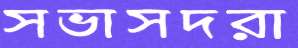
সভাসদরা